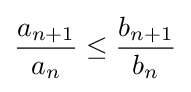
{\frac {a_{n+1}}{a_{n}}}\leq {\frac {b_{n+1}}{b_{n}}}